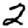
Digit: 2